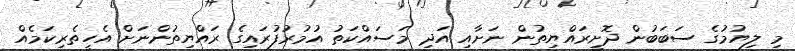
މި ލިޔުމުގެ ސަބަބުން ދޮށީރައްޔިތުން ނަށާއި އަދި މަސައްކަތު އުމުރުފުރައިގެ ރައްޔިތުންނަށް އެހީތެރިކަމެއް